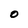
Character: 0